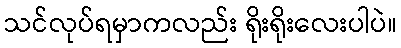
သင်လုပ်ရမှာကလည်း ရိုးရိုးလေးပါပဲ။